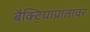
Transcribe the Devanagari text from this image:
बैक्ट्रियाप्रांतावर